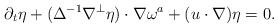
LaTeX: \begin{align*}\partial_t \eta + (\Delta^{-1} \nabla^{\perp} \eta) \cdot \nabla \omega^a + (u\cdot \nabla) \eta =0.\end{align*}